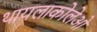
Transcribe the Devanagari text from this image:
थायलाकोलेओ